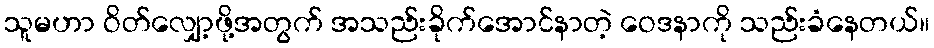
သူမဟာ ဝိတ်လျှော့ဖို့အတွက် အသည်းခိုက်အောင်နာတဲ့ ဝေဒနာကို သည်းခံနေတယ်။